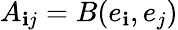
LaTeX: A_{\mathbf{i}j}=B(e_{\mathbf{i}},e_{j})